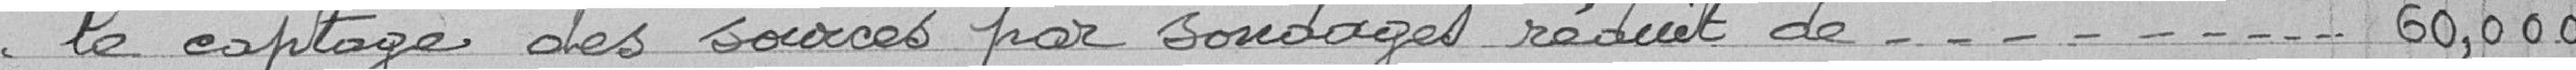
le captage des sources par sondage réduit de 60,000